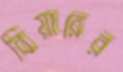
বিয়ারের